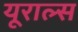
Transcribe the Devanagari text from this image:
यूराल्स